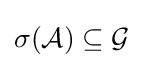
\sigma ({\mathcal {A}})\subseteq {\mathcal {G}}